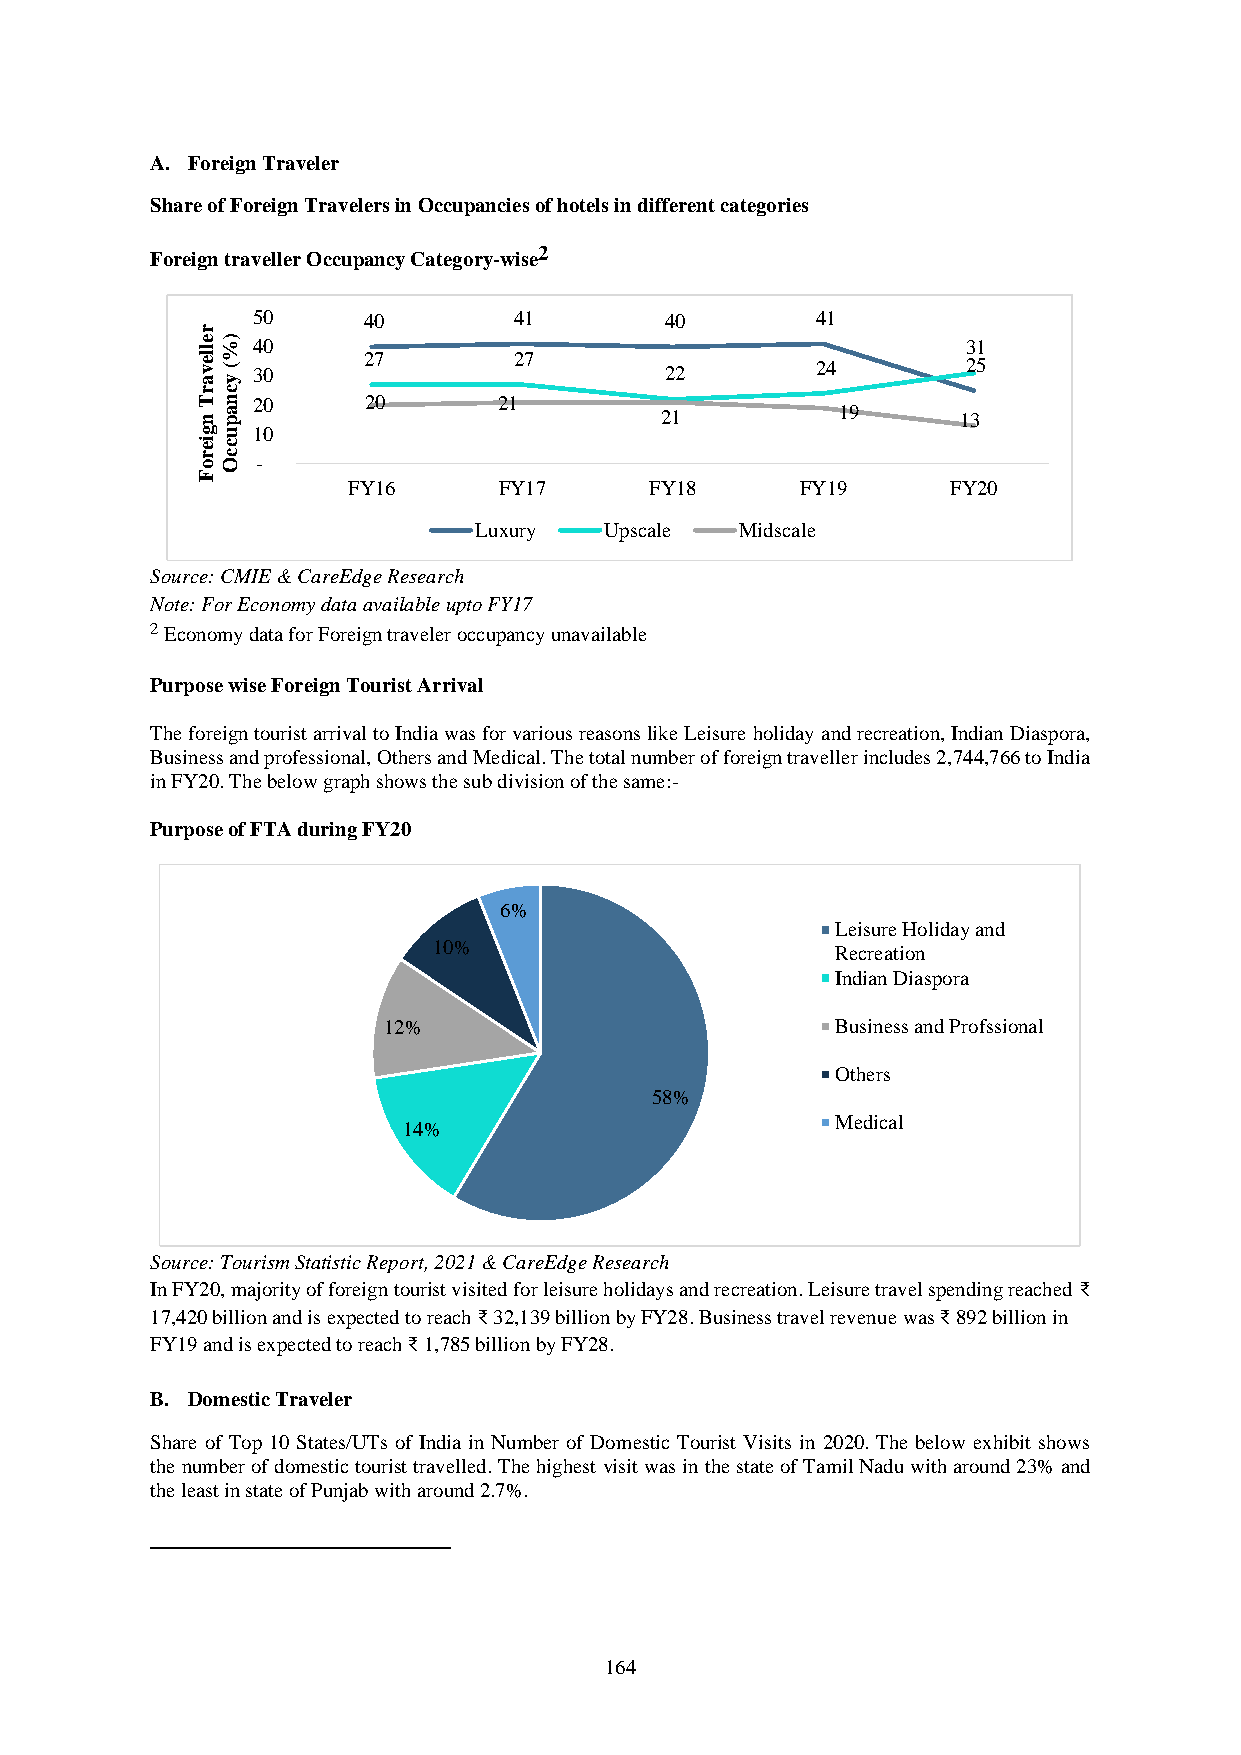
A. Foreign Traveler
 Share of Foreign Travelers in Occupancies of hotels in different categories
 Foreign traveller Occupancy Category-wise2
 50     40        41        40        41
 r
 e lle
 v
 a) %
 (
 y
 34 00
 27        27
 22        24
 23 51
 rc
 Tn  20     20       21
 na p                           21          19      13
 gu  10
 iec
 r oc O -
 F
 FY16      FY17      FY18      FY19      FY20
 Luxury   Upscale  Midscale
 Source: CMIE & CareEdge Research
 Note: For Economy data available upto FY17
 2 Economy data for Foreign traveler occupancy unavailable
 Purpose wise Foreign Tourist Arrival
 The foreign tourist arrival to India was for various reasons like Leisure holiday and recreation, Indian Diaspora,
 Business and professional, Others and Medical. The total number of foreign traveller includes 2,744,766 to India
 in FY20. The below graph shows the sub division of the same:-
 Purpose of FTA during FY20
 6%
 Leisure Holiday and
 10%                       Recreation
 Indian Diaspora
 12%                           Business and Profssional
 Others
 58%
 Medical
 14%
 Source: Tourism Statistic Report, 2021 & CareEdge Research
 In FY20, majority of foreign tourist visited for leisure holidays and recreation. Leisure travel spending reached ₹
 17,420 billion and is expected to reach ₹ 32,139 billion by FY28. Business travel revenue was ₹ 892 billion in
 FY19 and is expected to reach ₹ 1,785 billion by FY28.
 B. Domestic Traveler
 Share of Top 10 States/UTs of India in Number of Domestic Tourist Visits in 2020. The below exhibit shows
 the number of domestic tourist travelled. The highest visit was in the state of Tamil Nadu with around 23% and
 the least in state of Punjab with around 2.7%.
 164